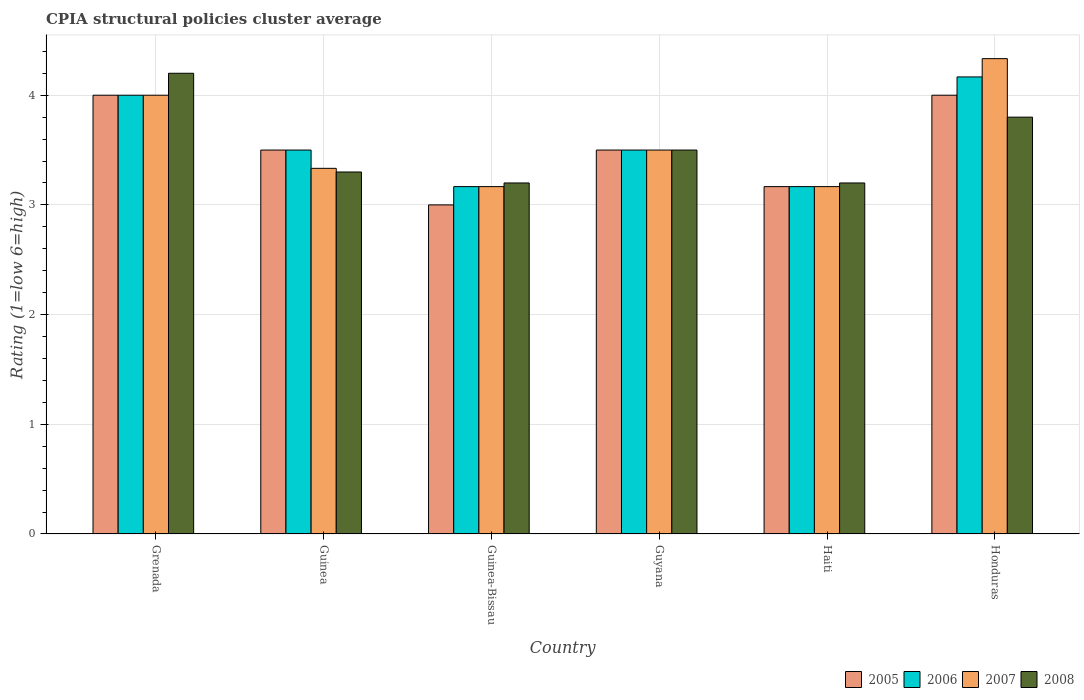
| Country | 2005 | 2006 | 2007 | 2008 |
 | --- | --- | --- | --- | --- |
 | Grenada | 4 | 4 | 4 | 4.2 |
 | Guinea | 3.5 | 3.5 | 3.33 | 3.3 |
 | Guinea-Bissau | 3 | 3.17 | 3.17 | 3.2 |
 | Guyana | 3.5 | 3.5 | 3.5 | 3.5 |
 | Haiti | 3.17 | 3.17 | 3.17 | 3.2 |
 | Honduras | 4 | 4.17 | 4.33 | 3.8 |